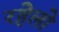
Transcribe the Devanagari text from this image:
रहेलो